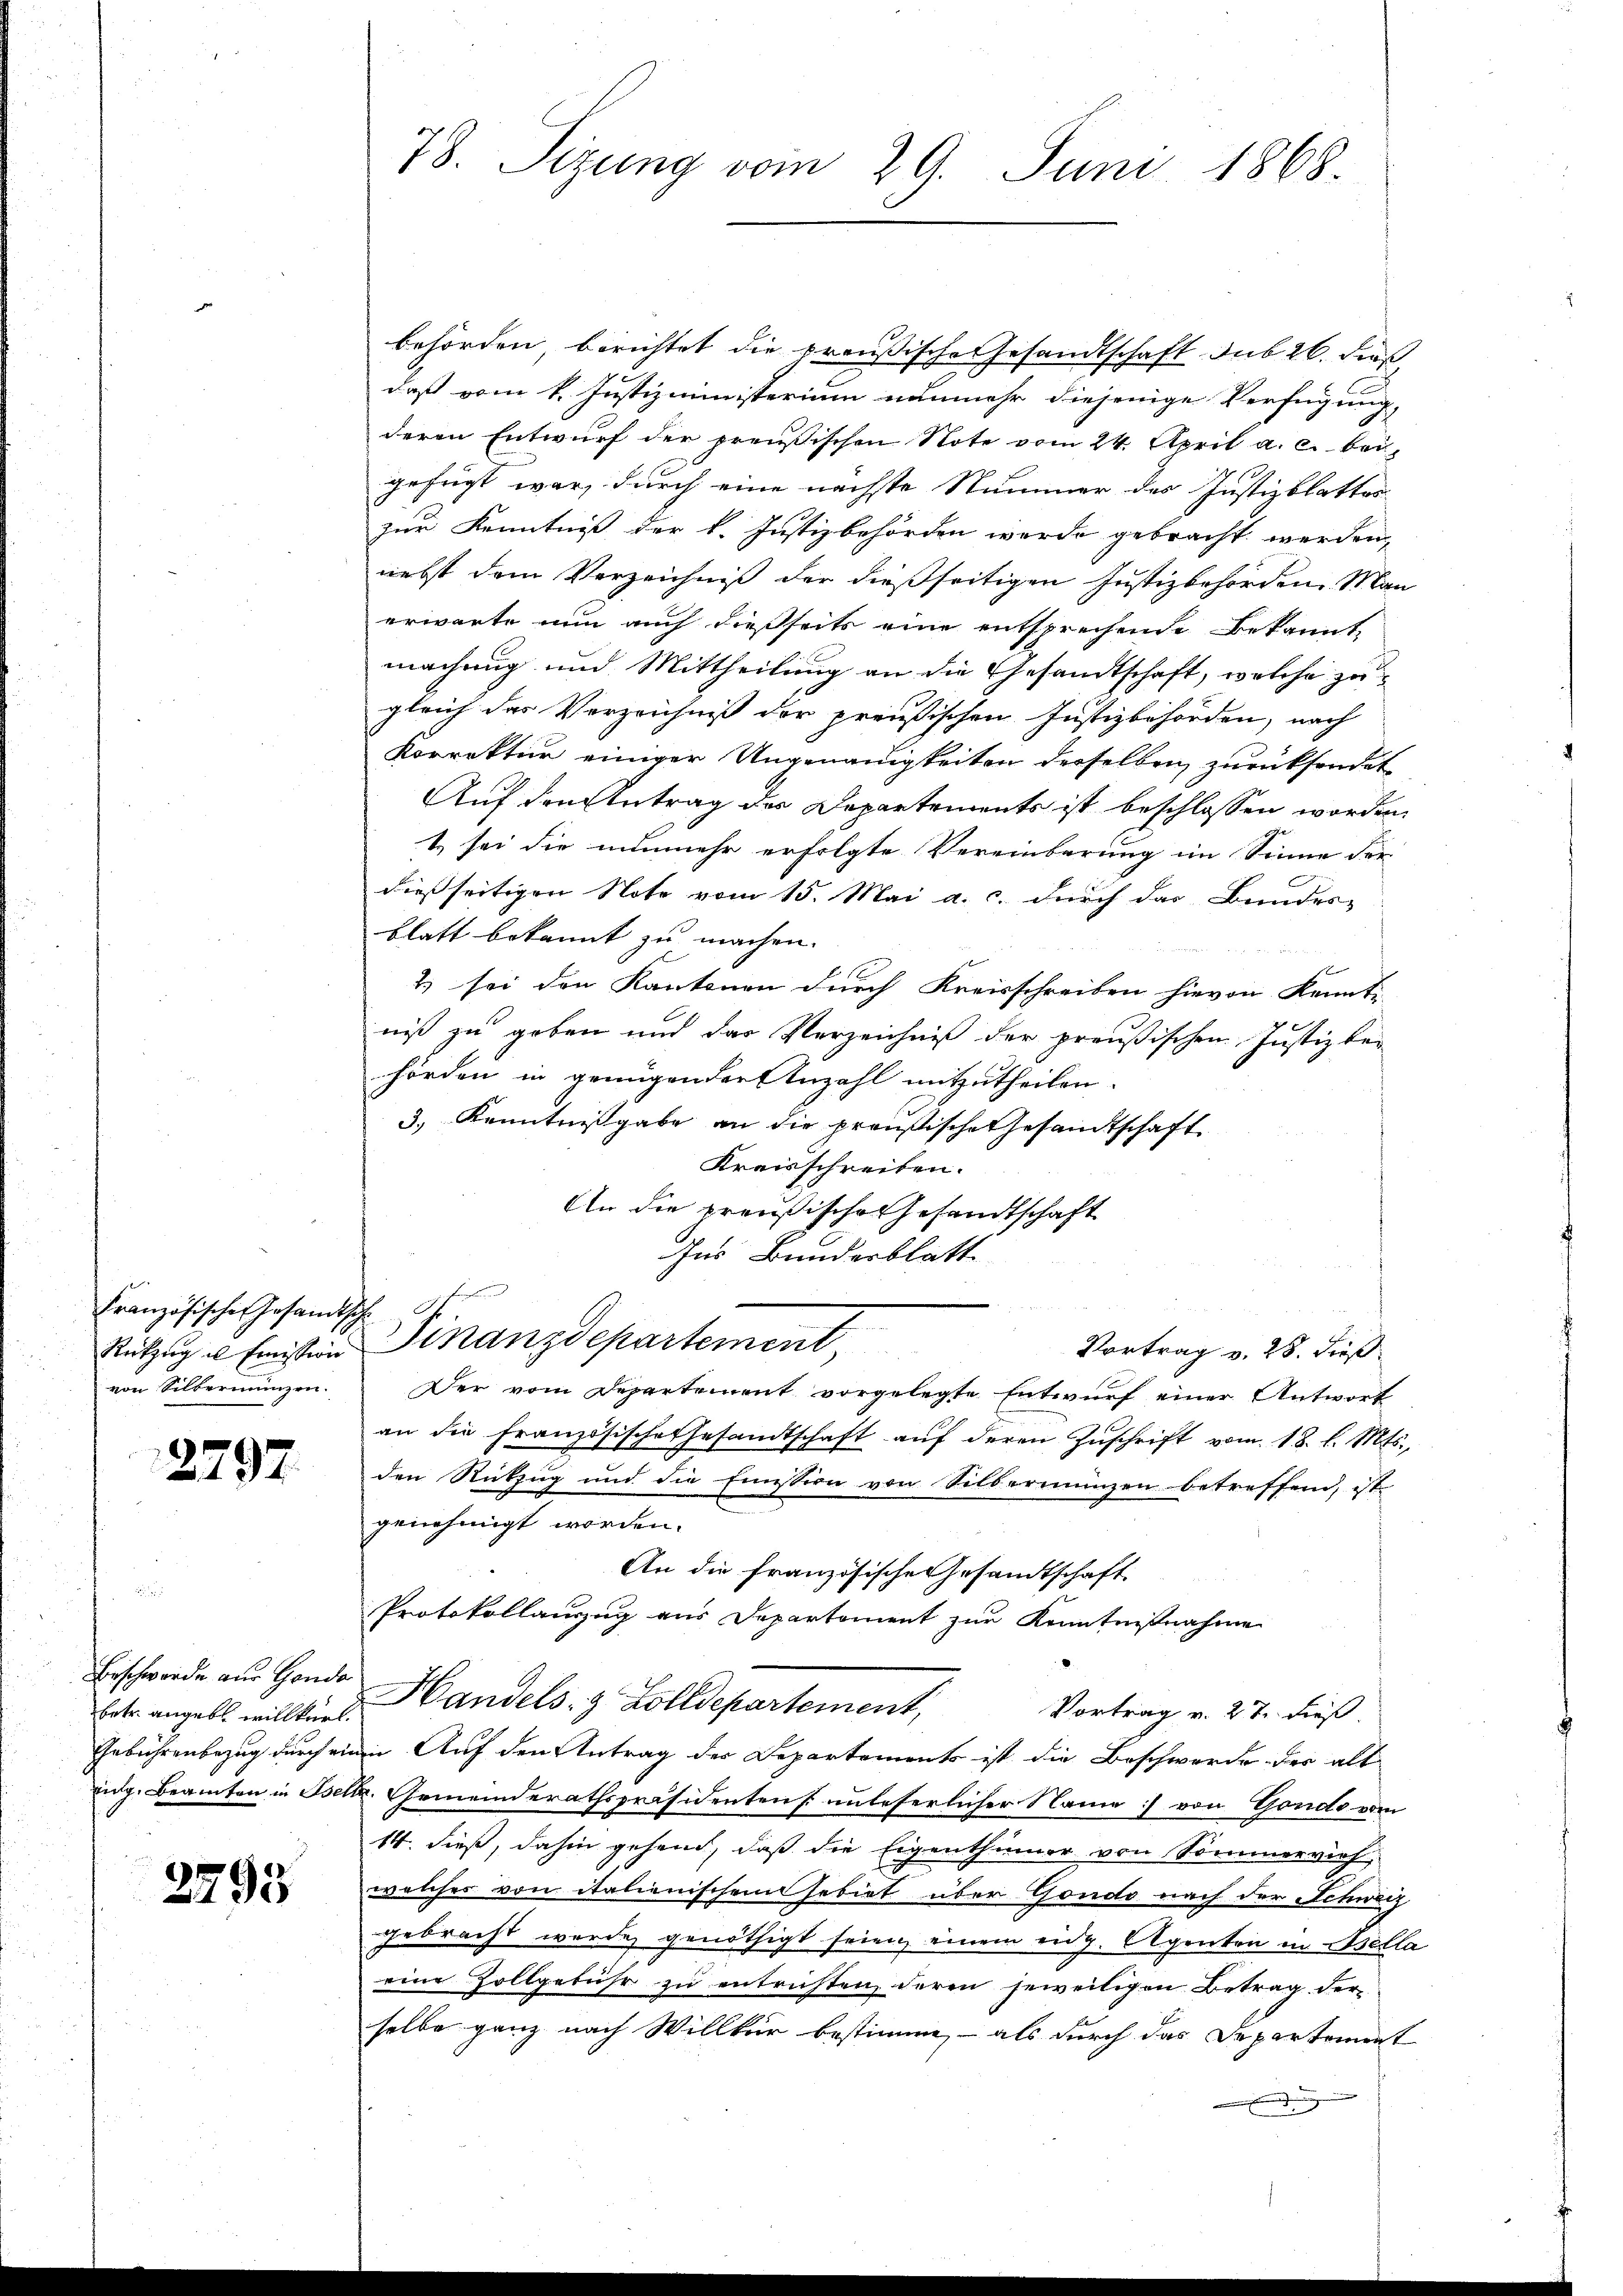
Französische Gesandtsche
von Silbernanzen.

2797.

Beschwerde aus Gonde
betr. angebt willkürl.

2795

behörden, berichtet die preußische Gesandtschaft sub 26. Dies
daß vom 4. Justizministerium nunmehr diejenige Verfügung,
deren Entwurf der preußischen Note vom 24. April a. c. beigefügt war, durch eine nächste Nummer des Justizblatter
zur Kenntniß der k. Justizbehörden werde gebracht werden,
nebst dem Verzeichniß der dießseitigen Justizbehörden. Man
erwarte nun auch dießseits eine entsprechende Bekannt
machung und Mittheilung an die Gesandtschaft, welche zugleich das Verzeichniß der preußischen Justizbehörden, nach
Korrektur einiger Ungenauigkeiten derselben zurücksendet
Auf den Antrag der Departements ist beschlossen worden
t sei die nunmehr erfolgte Vereinbarung im Sinne der
dießseitigen Note vom 15. Mai a. c. durch das Bundes-
blatt bekannt zu machen.
2) sei den Kantonen durch Kreisschreiben hievon Kennt-
niß zu geben und das Verzeichniß der preußischen Justiz behörden in genügender Anzahl mitzutheilen.
3.) Kenntnissgabe an die preußische Gesandtschaft
Kreisschreiben.
An die preußische Gesandtschaft
Ins Bunderblatt
Rutzug u. Fristern Finanzdepartement,
Vortrag v. 28. dieß
Der vom Departement vorgelegte Entwurf einer Antwort
an die Französische Gesandtschaft auf deren Zuschrift vom 18. l. Mts.,
den Rückzug und die Emission von Silbermünzen betreffend, ist
genehmigt worden.
An die französische Gesandtschaft.
Protokollauszug aus Departement zur Kenntnißnahme
Handels- & Zolldepartement,
Vortrag v. 27. dieß.
Gebührenbezug durch einen Auf den Antrag der Departements ist die Beschwerde der alt
Eidg. Beamten in Bett. Gemeinderathspräsidentens unleserlicher Name :/ von Gondo vom
14. dieß, dahin gehend, daß die Eigenthümer von Sommervieh,
welches von italienischem Gebiet über Gondo nach der Schweiz
gebracht wurde genöthigt seien, einem eidg. Agenten in sella
eine Zollgebühr zu entrichten, deren jeweiligen Betrag der-
selbe ganz nach Willkür bestimme, - als durch das Departement

78. Sizung vom 29. Juni 1868.